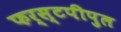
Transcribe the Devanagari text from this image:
फर्स्टपीपुल